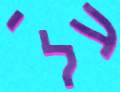
עלי